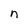
Character: n